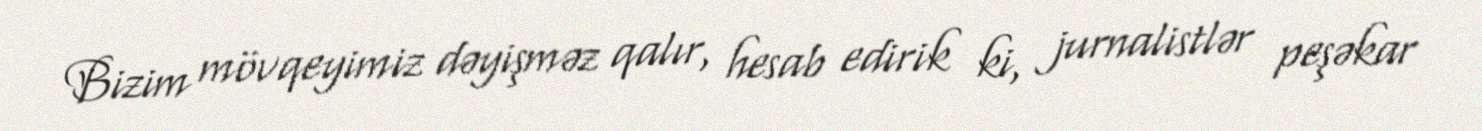
Bizim mövqeyimiz dəyişməz qalır, hesab edirik ki, jurnalistlər peşəkar